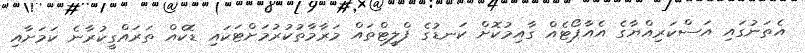
އެތަނުގައި އަސްކަރިއްޔާގެ އެއާޕޯޓެއް ގާއިމުކޮށް ކަނޑުގެ ފްލީޓްތައް މަރާމާތުކުރުމަށްޓަކައި ޑޮކެއް ތަރައްގީކުރާނެ ކަމަށާއި